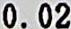
0.02